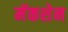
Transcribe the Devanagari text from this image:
मॅकशेन